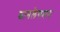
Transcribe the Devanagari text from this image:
डानलेगमन